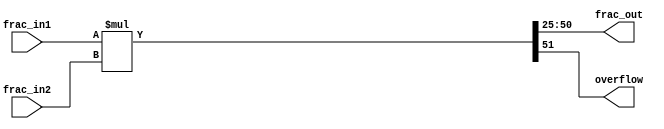
module mul_26b (
	frac_in1,
	frac_in2,
	frac_out,
	overflow
);
	input [25:0] frac_in1;
	input [25:0] frac_in2;
	output [25:0] frac_out;
	output overflow;
	reg [51:0] frac_out_52b;
	assign overflow = frac_out_52b[51];
	assign frac_out = frac_out_52b[50:25];
	always @(*) begin : MULTIPLY
		frac_out_52b = frac_in1 * frac_in2;
	end
endmodule